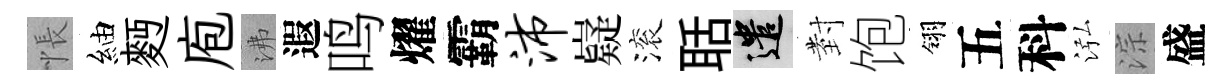
悵紬麪庖沸遐鸣燿霸沛嶷滚聒遣𭔹饱翎五科泓淙盛